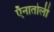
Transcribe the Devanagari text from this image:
ऍनातोली